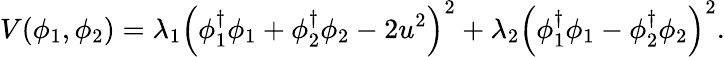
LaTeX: V(\phi_{1},\phi_{2})=\lambda_{1}\left(\phi_{1}^{\dagger}\phi_{1}+\phi_{2}^{\dagger}\phi_{2}-2u^{2}\right)^{2}+\lambda_{2}\left(\phi_{1}^{\dagger}\phi_{1}-\phi_{2}^{\dagger}\phi_{2}\right)^{2}.